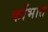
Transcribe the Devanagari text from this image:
कोंभात